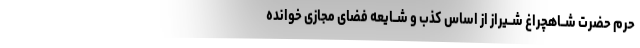
حرم حضرت شــاهچراغ شــیراز از اساس کذب و شــایعه فضای مجازی خوانده